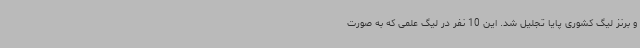
و برنز لیگ کشوری پایا تجلیل شد. این 10 نفر در لیگ علمی که به صورت